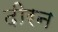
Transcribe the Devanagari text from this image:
दीरन